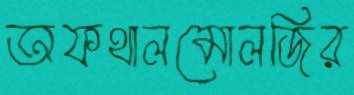
অফথালমোলজির